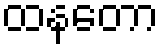
ထနတော